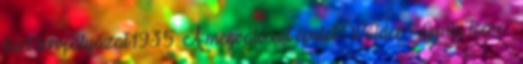
kiirt tervpályázat.1935. A megvalósult épület Wälder Gyula terve .